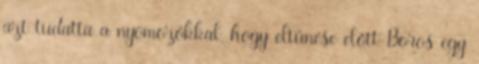
azt tudatta a nyomozókkal, hogy eltűnése előtt Boros egy